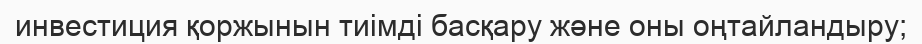
инвестиция қоржынын тиімді басқару және оны оңтайландыру;